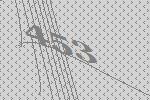
453